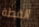
القطة